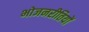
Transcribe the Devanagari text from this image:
भोजनरीतियों